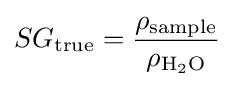
SG_{\mathrm {true} }={\frac {\rho _{\mathrm {sample} }}{\rho _{\mathrm {H_{2}O} }}}